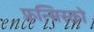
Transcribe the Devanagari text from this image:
फ़्रन्सिस्को